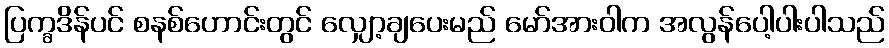
ပြက္ခဒိန်ပင် စနစ်ဟောင်းတွင် လျှော့ချပေးမည် မော်အားဝါက အလွန်ပေါ့ပါးပါသည်